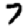
Digit: 7